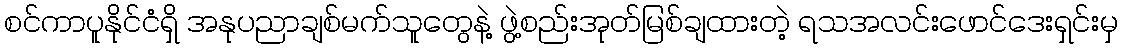
စင်ကာပူနိုင်ငံရှိ အနုပညာချစ်မက်သူတွေနဲ့ ဖွဲ့စည်းအုတ်မြစ်ချထားတဲ့ ရသအလင်းဖောင်ဒေးရှင်းမှ